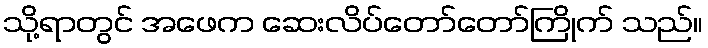
သို့ရာတွင် အဖေက ဆေးလိပ်တော်တော်ကြိုက် သည်။